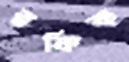
রফিক